画像に写った文字を読んでください
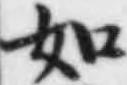
「如」と書いてあります